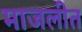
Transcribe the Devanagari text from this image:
माजलीत